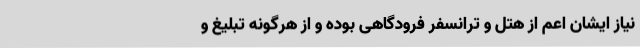
نیاز ایشان اعم از هتل و ترانسفر فرودگاهی بوده و از هرگونه تبلیغ و